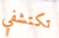
تكتشفي